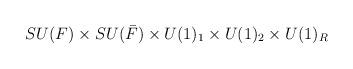
LaTeX: \begin{align*}SU(F) \times SU(\bar{F}) \times U(1)_1 \times U(1)_2 \times U(1)_R\end{align*}